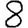
Digit: 8